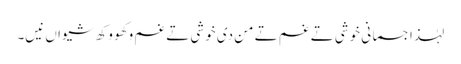
لہٰذا جسمانی خوشی تے غم تے من دی خوشی تے غم وکھو وکھ شیواں نیں۔